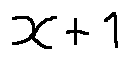
x + 1